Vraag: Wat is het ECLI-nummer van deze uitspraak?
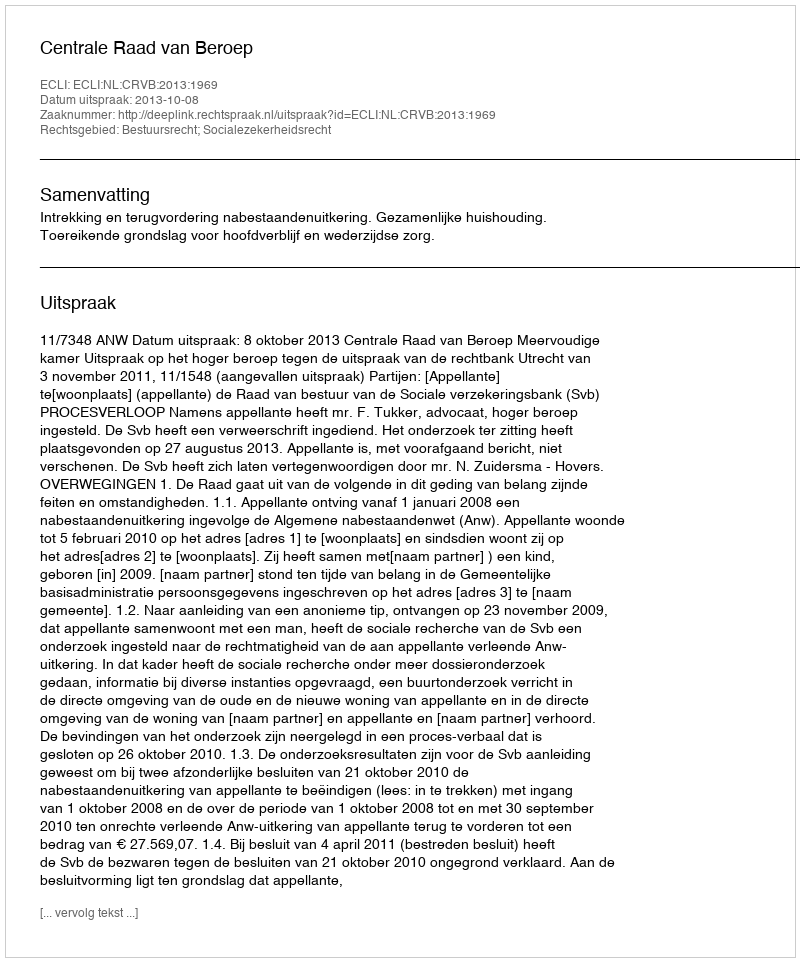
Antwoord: ECLI:NL:CRVB:2013:1969